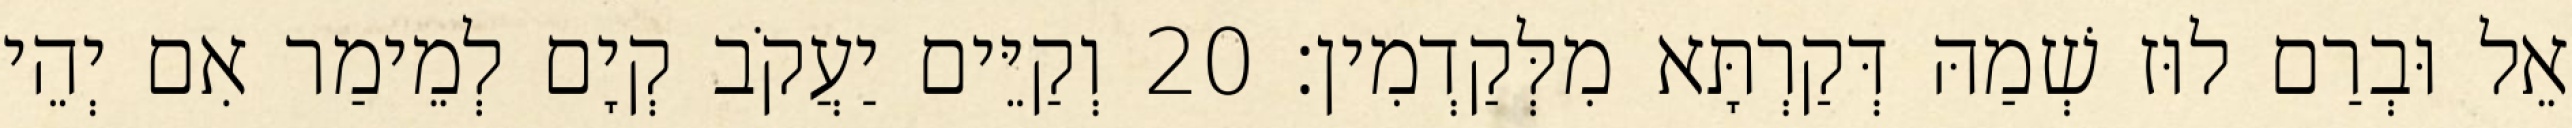
אֵל וּבְרַם לוּז שְׁמַהּ דְּקַרְתָּא מִלְּקַדְמִין׃ 20 וְקַיֵּים יַעֲקֹב קְיָם לְמֵימַר אִם יְהֵי